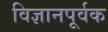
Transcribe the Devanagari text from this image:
विज्ञानपूर्वक